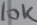
Text: 10K